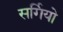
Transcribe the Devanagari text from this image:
सर्गियो